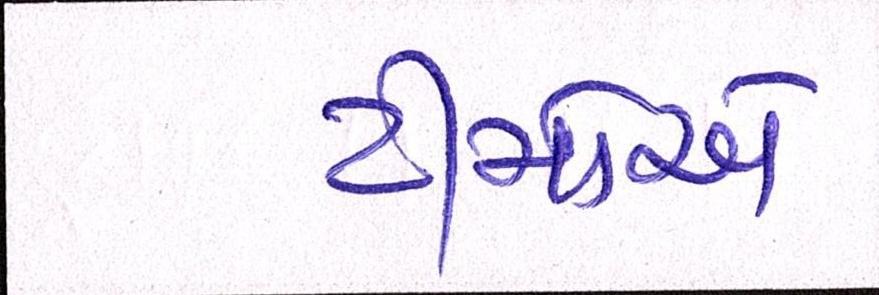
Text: ટીમોએ